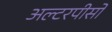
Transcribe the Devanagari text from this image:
अल्टरपीसों